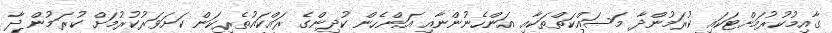
ގާއިމުކުރުމަށްޓަކައި ކުރަމުންދާ މަސައްކަތްތަކާއި އަންހެނުންނާއި އަންހެން ކުދިންގެ ރައްކައުތެރިކަން ކަށަވަރުކުރުމަށް ކުރަމުން ދާ